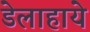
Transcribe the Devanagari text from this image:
डेलाहाये